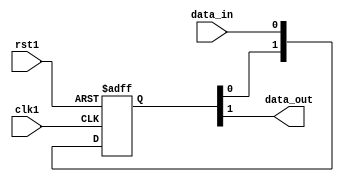
module cascade_sync (
    input wire clk1,
    input wire rst1,
    input wire data_in,
    output reg data_out
);

reg [1:0] sync_ff;

always @(posedge clk1 or posedge rst1) begin
    if (rst1) begin
        sync_ff <= 2'b0;
    end else begin
        sync_ff <= {sync_ff[0], data_in};
    end
end

always @(*) begin
    data_out <= sync_ff[1];
end

endmodule